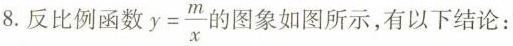
8.反比例函数 $$y= \frac{m}{x}$$ 的图象如图所示，有以下结论：